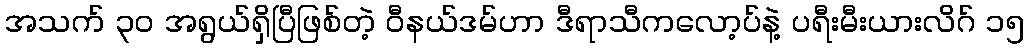
အသက် ၃၀ အရွယ်ရှိပြီဖြစ်တဲ့ ဝီနယ်ဒမ်ဟာ ဒီရာသီကလော့ပ်နဲ့ ပရီးမီးယားလိဂ် ၁၅